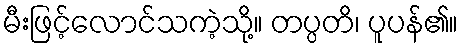
မီးဖြင့်လောင်သကဲ့သို့။ တပ္ပတိ၊ ပူပန်၏။